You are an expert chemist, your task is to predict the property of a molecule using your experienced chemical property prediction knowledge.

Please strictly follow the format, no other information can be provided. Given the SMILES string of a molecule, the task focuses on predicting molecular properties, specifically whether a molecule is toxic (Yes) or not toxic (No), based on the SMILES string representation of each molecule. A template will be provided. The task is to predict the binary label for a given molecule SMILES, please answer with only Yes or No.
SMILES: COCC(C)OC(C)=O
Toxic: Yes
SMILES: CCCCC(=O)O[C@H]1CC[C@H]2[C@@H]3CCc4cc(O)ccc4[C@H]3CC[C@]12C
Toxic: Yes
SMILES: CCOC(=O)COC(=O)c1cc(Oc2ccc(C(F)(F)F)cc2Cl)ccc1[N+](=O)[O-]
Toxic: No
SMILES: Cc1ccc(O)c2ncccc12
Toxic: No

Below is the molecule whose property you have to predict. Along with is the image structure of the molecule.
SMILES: C#C[C@]1(O)CC[C@H]2[C@@H]3CCC4=CC(=O)CC[C@@H]4[C@H]3CC[C@@]21CC
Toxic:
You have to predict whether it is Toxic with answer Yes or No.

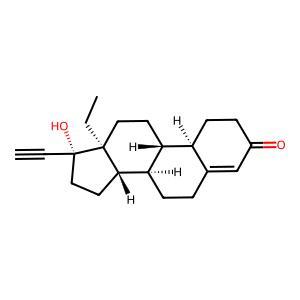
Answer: Yes